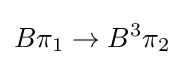
B\pi _{1}\to B^{3}\pi _{2}